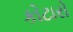
કોટારો